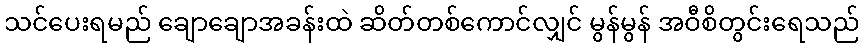
သင်ပေးရမည် ချောချောအခန်းထဲ ဆိတ်တစ်ကောင်လျှင် မွန်မွန် အဝီစိတွင်းရေသည်